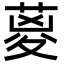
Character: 葼